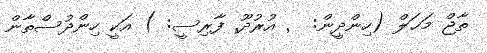
ތާޖް މަޙަލް (ހިންދީން: